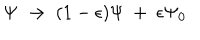
\Psi \ \to \ ( 1 - \epsilon ) \Psi \ + \ \epsilon \Psi _ { 0 }